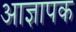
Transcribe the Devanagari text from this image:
आज्ञापक